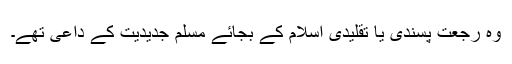
وہ رجعت پسندی یا تقلیدی اسلام کے بجائے مسلم جدیدیت کے داعی تھے۔